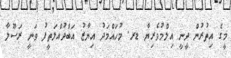
މީގެ އިތުރުން ދީނީ އިލްމުވެރިޔާ ޑރ. މުހައްމަދު އިޔާޒު އަބްދުއްލަތީފު ވަނީ ރަސޫލާ